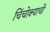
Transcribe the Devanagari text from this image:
चिंचोक्याची